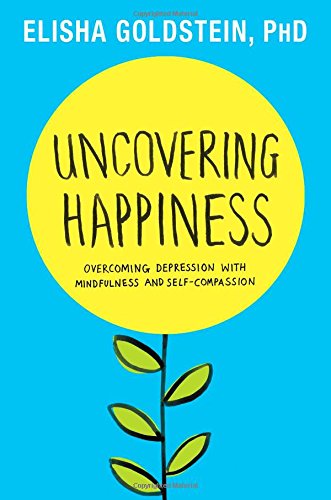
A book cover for Uncovering Happiness: Overcoming Depression with Mindfulness and Self-Compassion; Elisha Goldstein Ph.D.; Health, Fitness & Dieting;